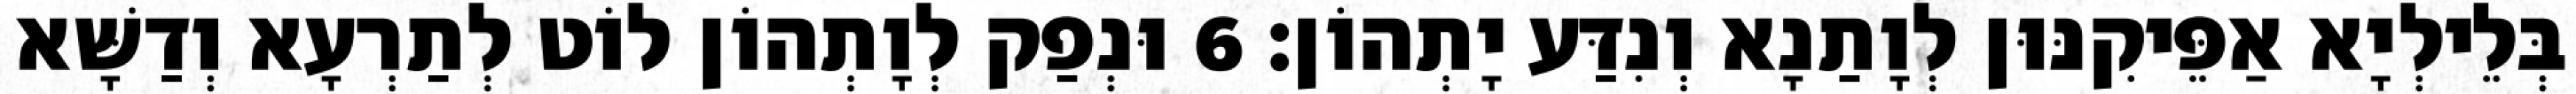
בְּלֵילְיָא אַפֵּיקִנּוּן לְוָתַנָא וְנִדַּע יָתְהוֹן׃ 6 וּנְפַק לְוָתְהוֹן לוֹט לְתַרְעָא וְדַשָּׁא